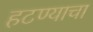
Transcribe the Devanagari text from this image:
हटण्याचा